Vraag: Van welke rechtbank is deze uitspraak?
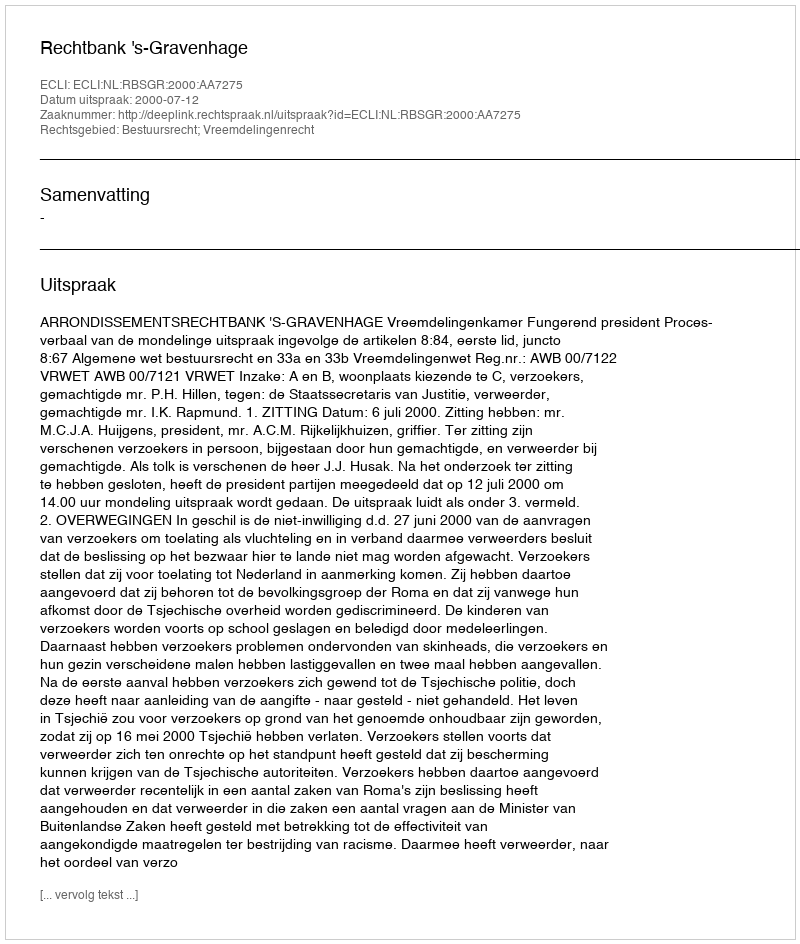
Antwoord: Rechtbank 's-Gravenhage